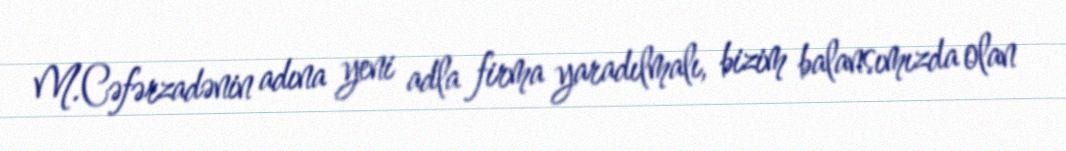
M.Cəfərzadənin adına yeni adla firma yaradılmalı, bizim balansımızda olan